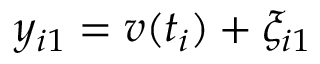
y _ { i 1 } = v ( t _ { i } ) + \xi _ { i 1 }